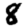
Digit: 8